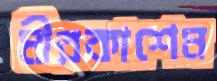
মীরকাশেম